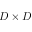
D \times D